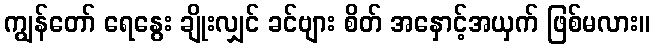
ကျွန်တော် ရေနွေး ချိုးလျှင် ခင်ဗျား စိတ် အနှောင့်အယှက် ဖြစ်မလား။